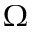
\Omega